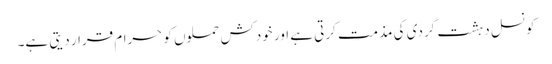
کونسل دہشت گردی کی مذمت کرتی ہے اور خودکش حملوں کو حرام قرار دیتی ہے۔